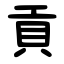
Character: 貢